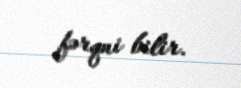
fərqni bilir.